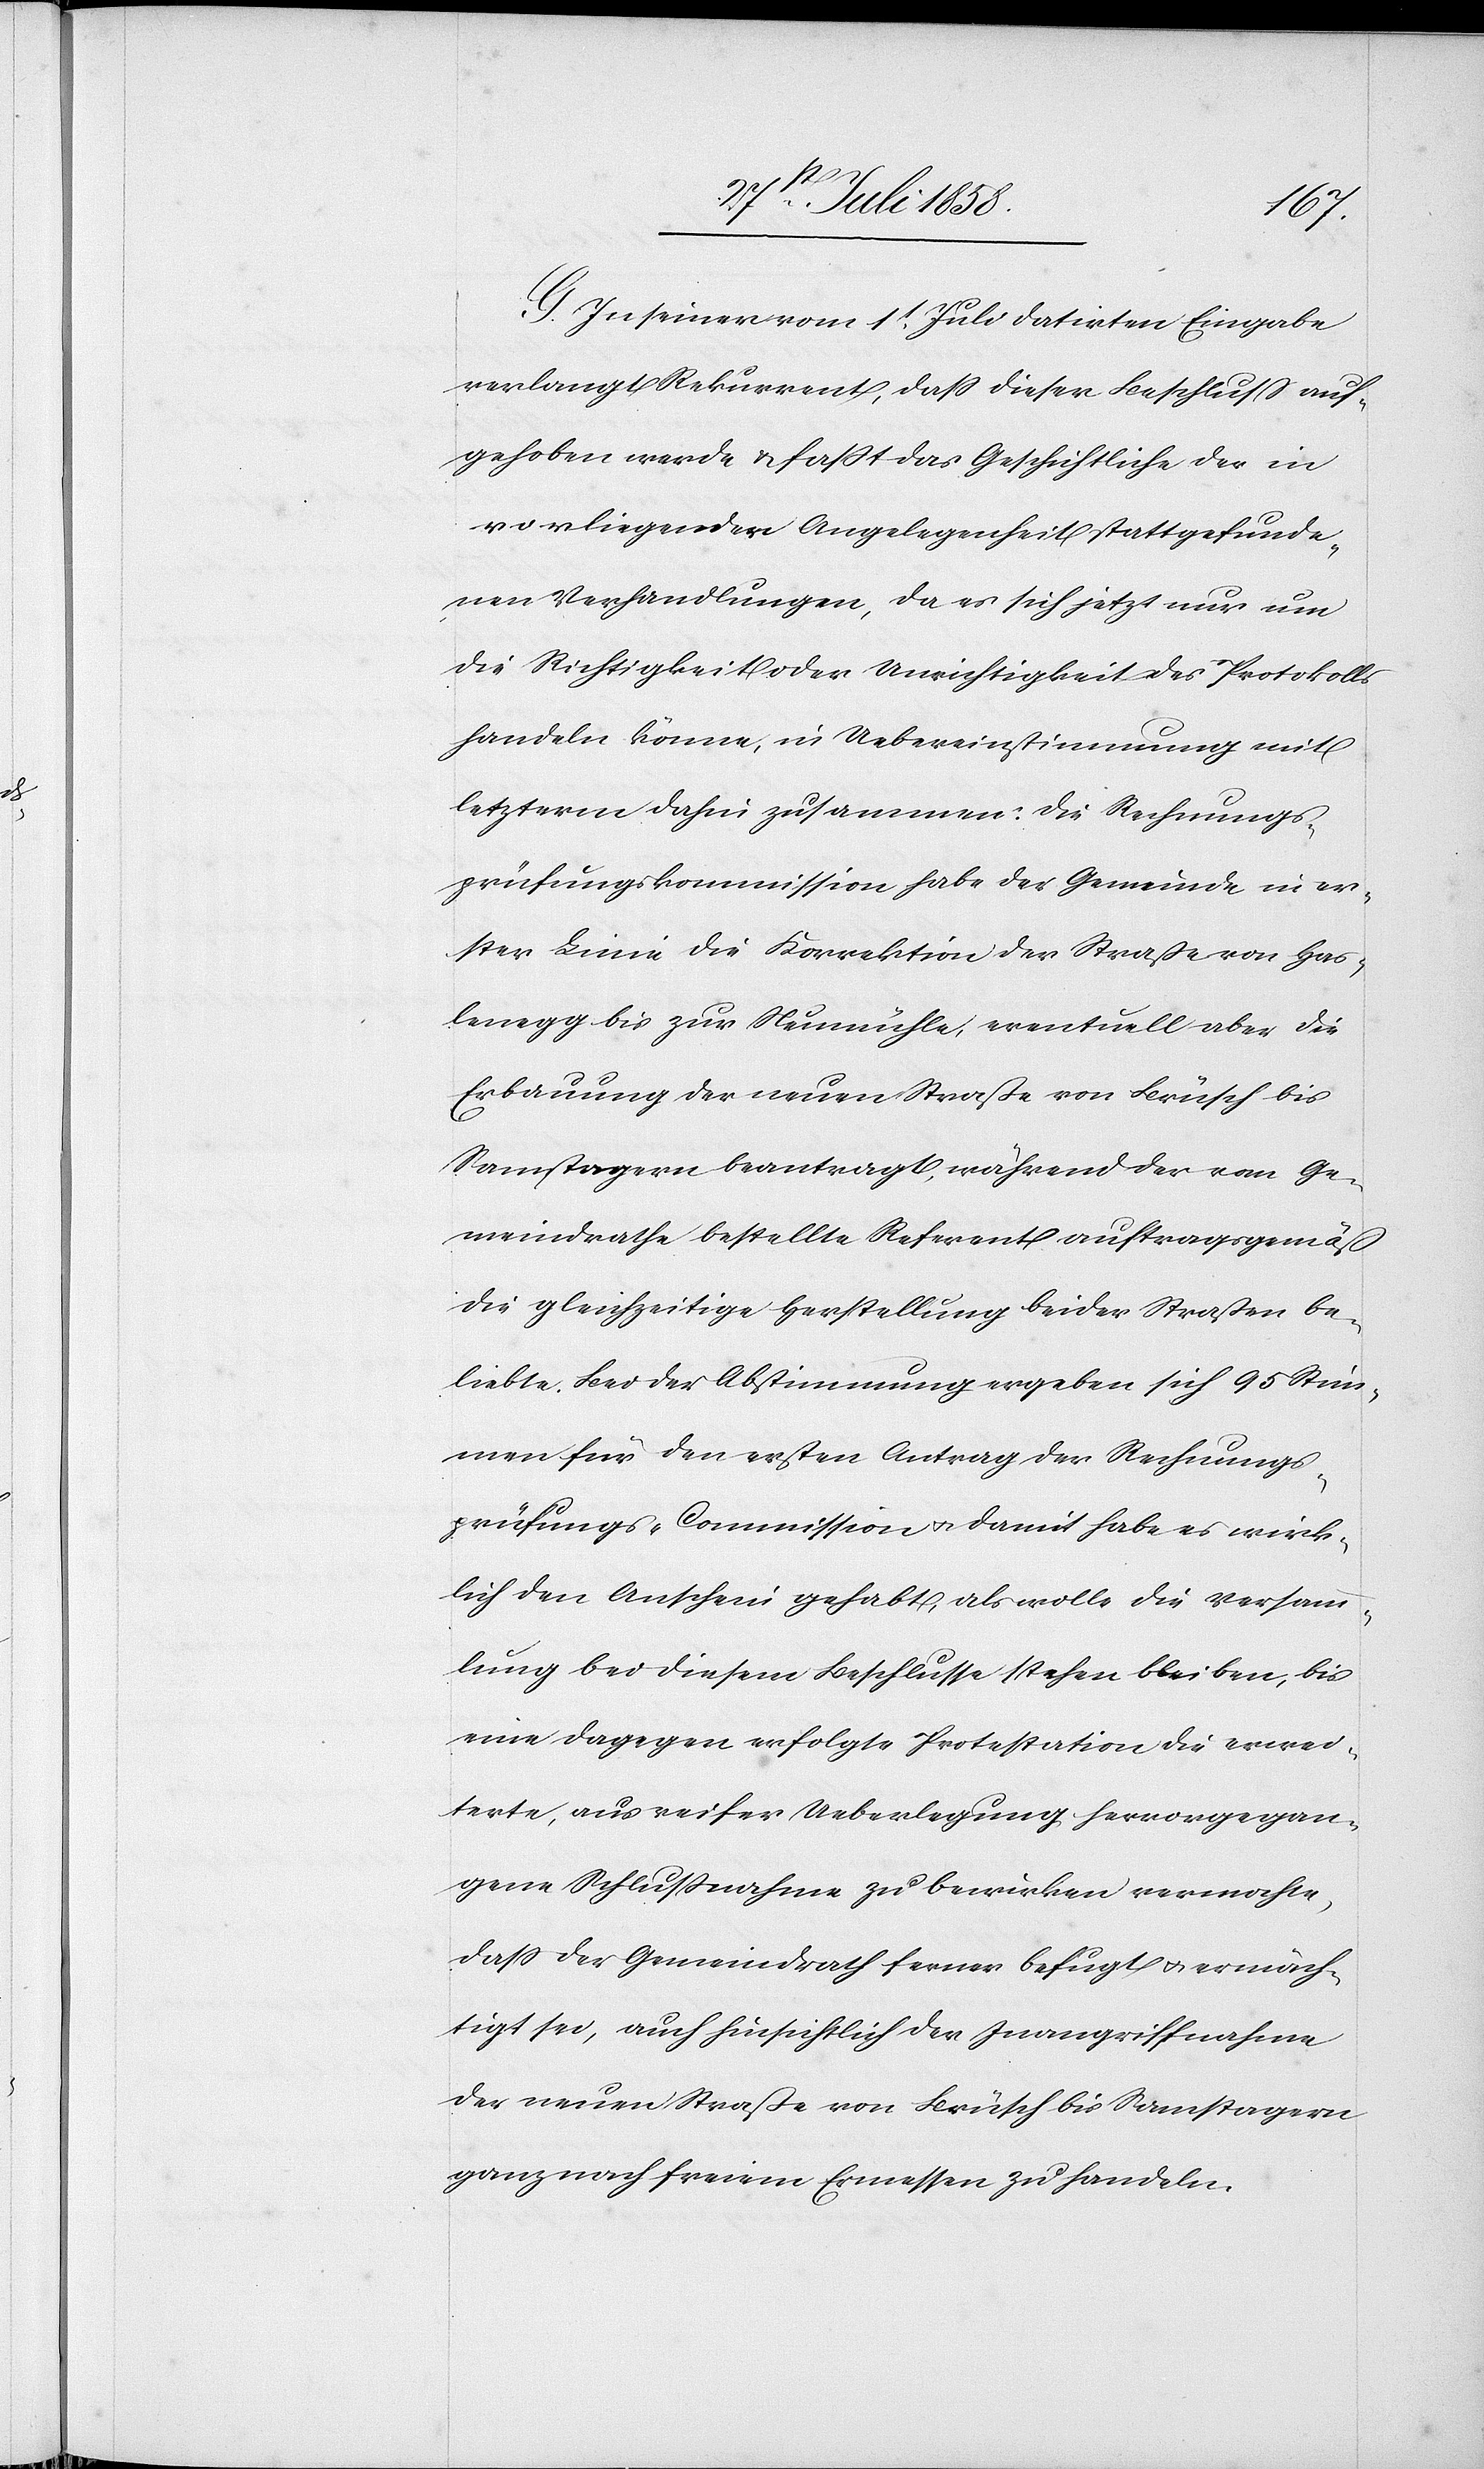
G. In seiner vom 1t. Juli datirten Eingabe
verlangt Rekurrent, dass dieser Beschluss auf¬
gehoben werde & fasst das Geschichtliche der in
vorliegender Angelegenheit stattgefunde¬
nen Verhandlungen, da es sich jetzt nur um
die Richtigkeit oder Unrichtigkeit des Protokolls
handeln könne, in Uebereinstimmung mit
letzterm dahin zusammen: Die Rechnungs¬
prüfungskommission habe der Gemeinde in er¬
ster Linie die Korrektion der Straße von Has¬
lenegg bis zur Neumühle, eventuell aber die
Erbauung der neuen Straße von Brüsch bis
Samstagern beantragt, während der vom Ge¬
meindrathe bestellte Referent auftragsgemäß
die gleichzeitige Herstellung beider Straßen be¬
liebte. Bei der Abstimmung ergeben sich 95 Stim¬
men für den ersten Antrag der Rechnungs¬
prüfungs-Commission & damit habe es wirk¬
lich den Anschein gehabt, als wolle die Versamm¬
lung bei diesem Beschlusse stehen bleiben, bis
eine dagegen erfolgte Protestation die erwei¬
terte, aus reifer Ueberlegung hervorgegan¬
gene Schlussnahme zu bewirken vermochte,
dass der Gemeindrath ferner befugt & ermäch¬
tigt sei, auch hinsichtlich der Inangriffnahme
der neuen Straße von Brüsch bis Samstagern
ganz nach freiem Ermessen zu handeln.